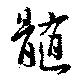
髄